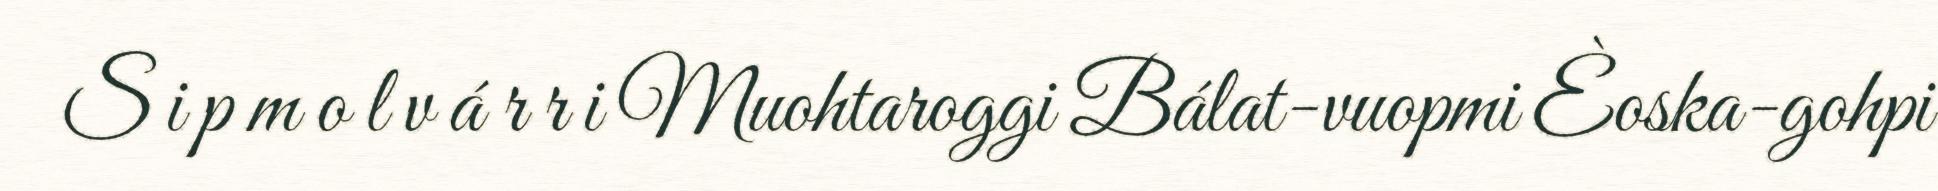
S i p m o l v á r r i Muohtaroggi Bálat-vuopmi Èoska-gohpi